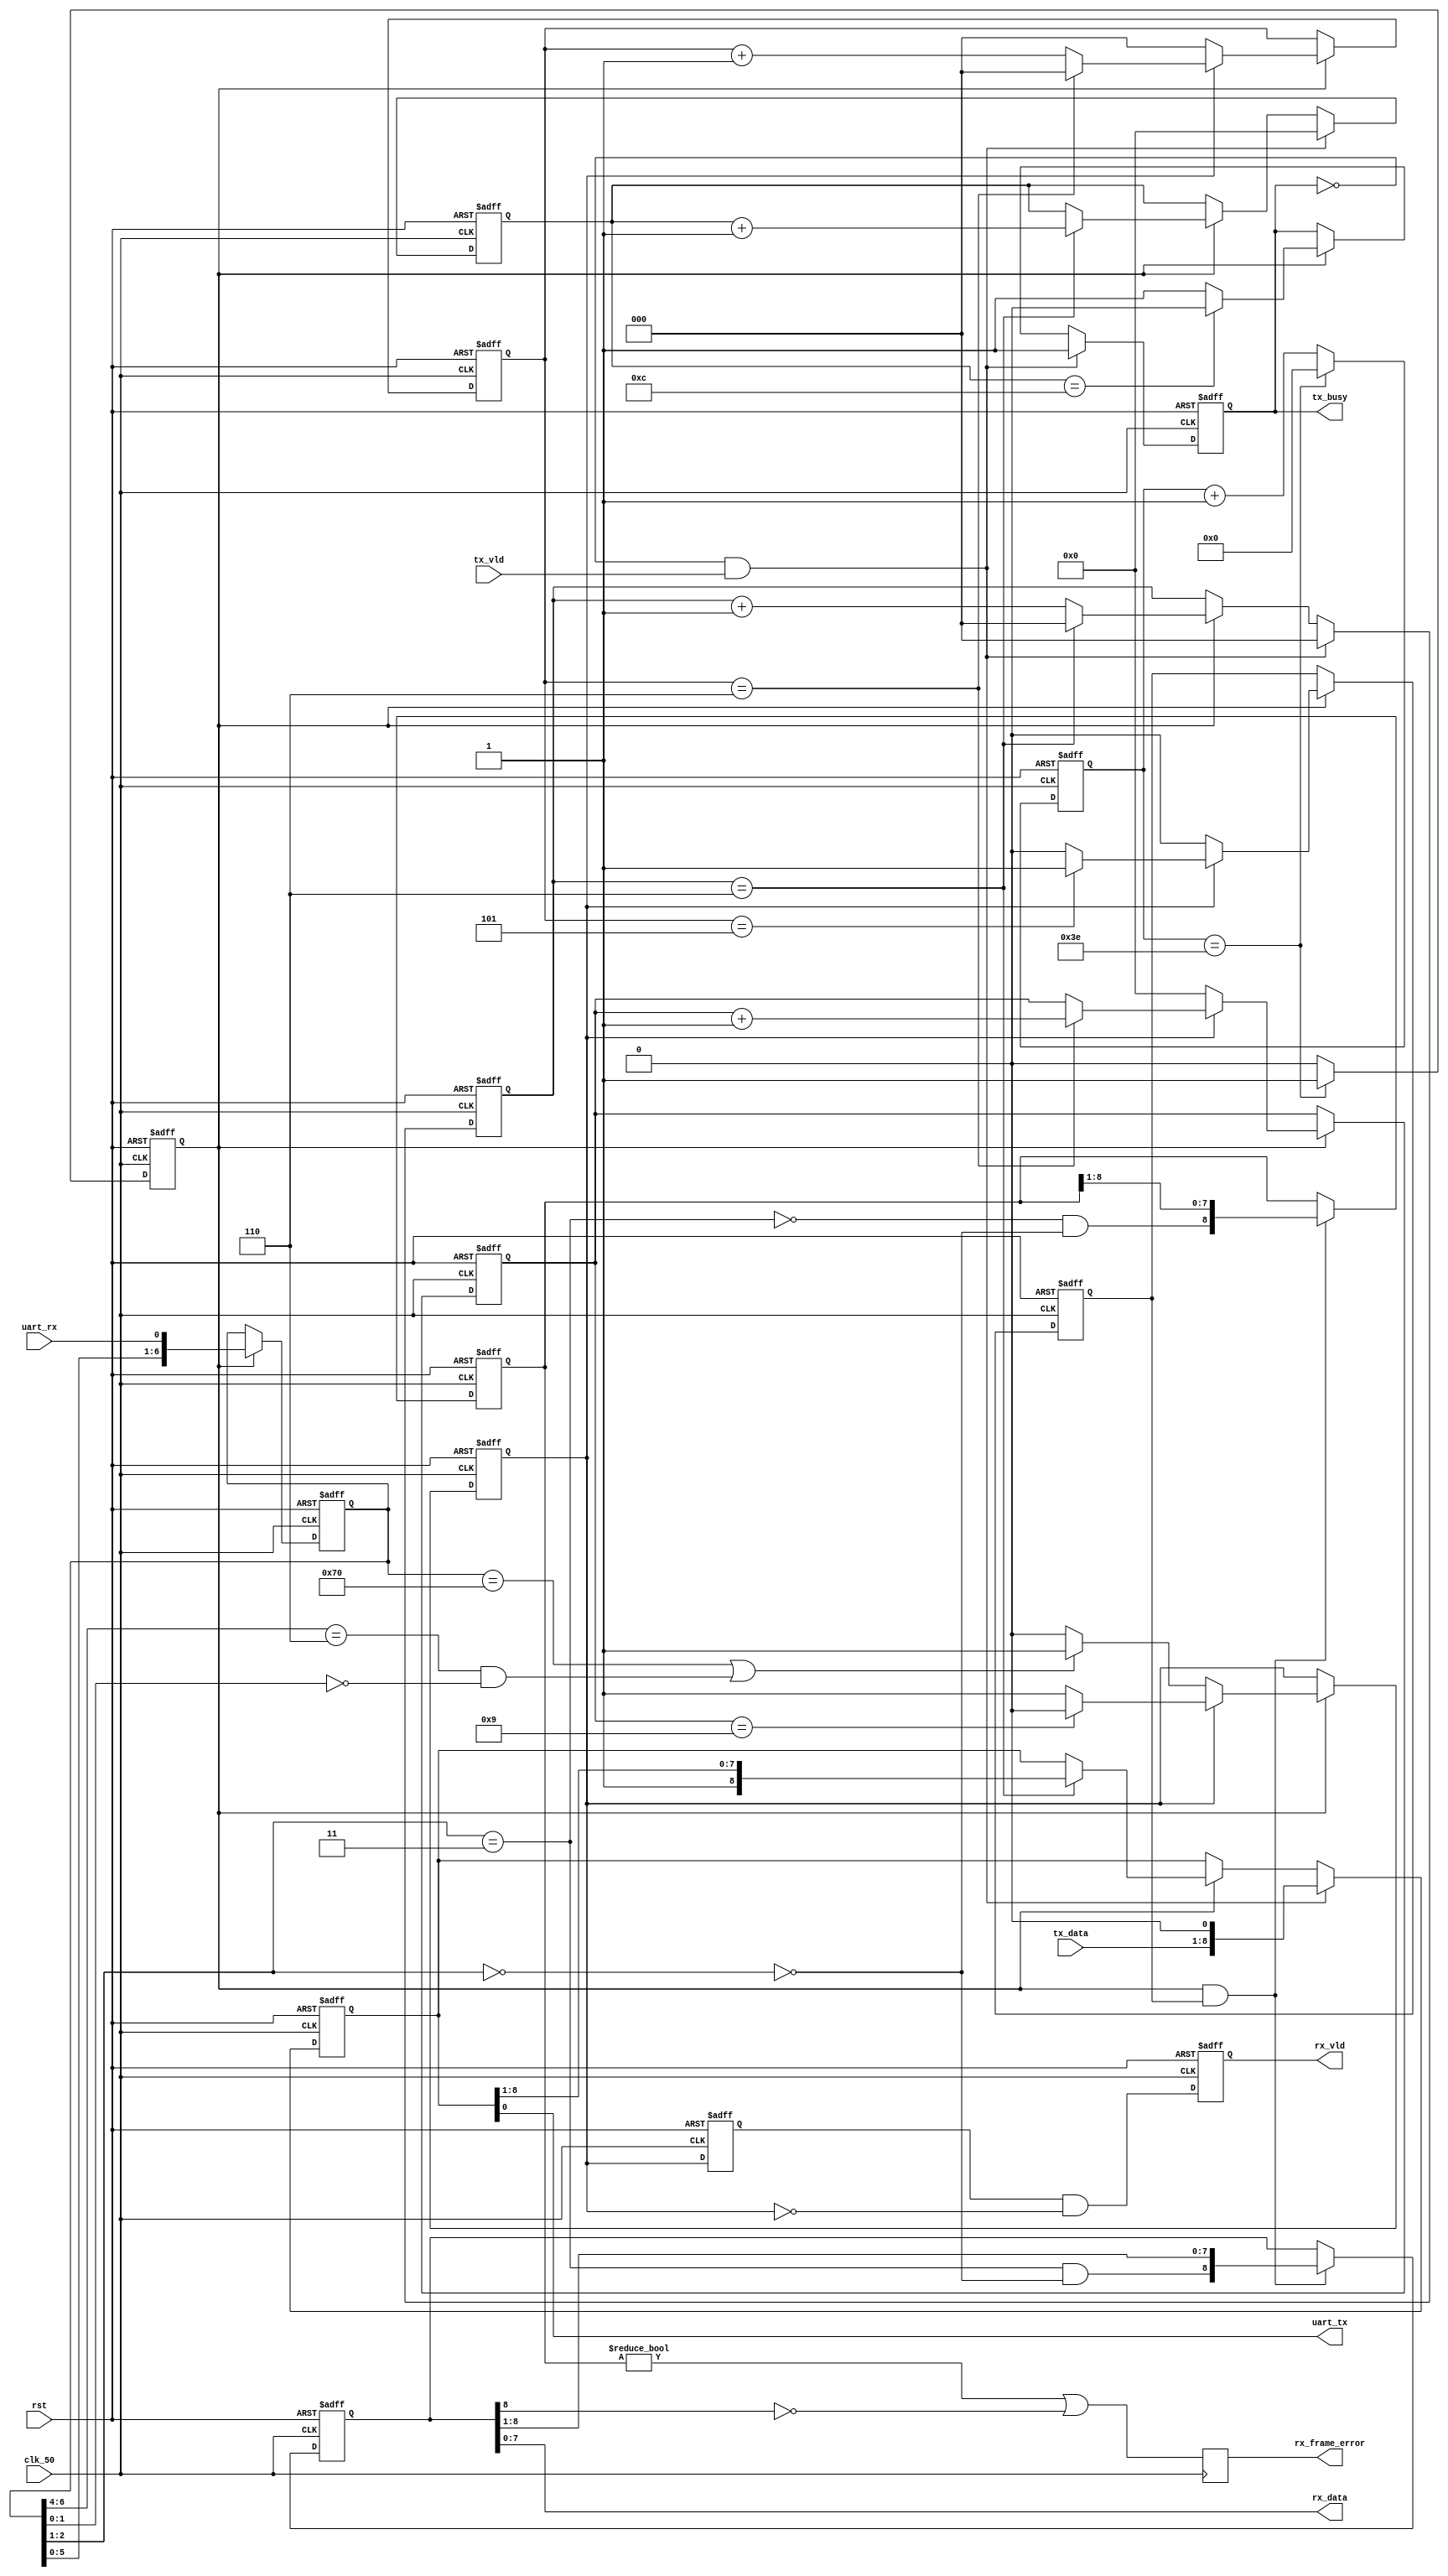
/* SPDX-License-Identifier: MIT */
/* (c) Copyright 2018 David M. Koltak, all rights reserved. */

//
// UART ser/des framer for use in RCN bus IP. Hard coded for 115200,1,1.
//

module rcn_uart_framer
(
    input clk_50,
    input rst,

    output reg tx_busy,
    input tx_vld,
    input [7:0] tx_data,

    output rx_vld,
    output [7:0] rx_data,
    output reg rx_frame_error,

    output uart_tx,
    input uart_rx
);
    parameter SAMPLE_CLK_DIV = 6'd62; // Value for 115200 @ 50 MHz in

    //
    // 50 MHz -> sample clock (7 * bit)
    //

    reg [5:0] sample_cnt;
    reg sample_en;

    always @ (posedge clk_50 or posedge rst)
        if (rst)
        begin
            sample_cnt <= 6'd0;
            sample_en <= 1'b0;
        end
        else if (sample_cnt == SAMPLE_CLK_DIV)
        begin
            sample_cnt <= 6'd0;
            sample_en <= 1'b1;
        end
        else
        begin
            sample_cnt <= sample_cnt + 6'd1;
            sample_en <= 1'b0;
        end

    //
    // Rx data sample state machine
    //

    reg [6:0] rx_sample;
    reg [2:0] rx_bitclk_cnt;
    reg rx_bitclk_en;
    reg [3:0] rx_bit_cnt;

    reg rx_busy;

    wire rx_falling_clean = (rx_sample[6:0] == 7'b1110000);
    wire rx_falling_dirty = (rx_sample[6:4] == 3'b110) && (rx_sample[1:0] == 2'b00);
    wire rx_falling = rx_falling_clean || rx_falling_dirty;

    wire rx_high = (rx_sample[2:1] == 2'b11);
    wire rx_low = (rx_sample[2:1] == 2'b00);

    always @ (posedge clk_50 or posedge rst)
        if (rst)
            rx_sample <= 7'd0;
        else if (sample_en)
            rx_sample <= {rx_sample[5:0], uart_rx};

    always @ (posedge clk_50 or posedge rst)
        if (rst)
        begin
            rx_bitclk_cnt <= 3'd0;
            rx_bitclk_en <= 1'b0;
            rx_bit_cnt <= 4'd0;
            rx_busy <= 1'b0;
        end
        else if (sample_en)
        begin
            if (!rx_busy)
            begin
                rx_bitclk_cnt <= 3'd0;
                rx_bitclk_en <= 1'b0;
                rx_bit_cnt <= 4'd0;
                rx_busy <= (rx_falling) ? 1'b1 : 1'b0;
            end
            else
            begin
                rx_busy <= (rx_bit_cnt == 4'd9) ? 1'b0 : 1'b1;

                rx_bitclk_en <= (rx_bitclk_cnt == 3'd5) ? 1'b1 : 1'b0;

                if (rx_bitclk_cnt == 3'd6)
                begin
                    rx_bitclk_cnt <= 3'd0;
                    rx_bit_cnt <= rx_bit_cnt + 4'd1;
                end
                else
                begin
                    rx_bitclk_cnt <= rx_bitclk_cnt + 3'd1;
                end
            end
        end

    //
    // Rx bit capture and signalling
    //

    reg [8:0] rx_capture;
    reg [8:0] rx_signal_errors;
    reg rx_data_done;
    reg rx_busy_d1;

    always @ (posedge clk_50 or posedge rst)
        if (rst)
        begin
            rx_capture <= 9'd0;
            rx_signal_errors <= 9'd0;
        end
        else if (sample_en && rx_bitclk_en)
        begin
            rx_capture <= {rx_high && !rx_low, rx_capture[8:1]};
            rx_signal_errors <= {!rx_high && !rx_low, rx_signal_errors[8:1]};
        end

    always @ (posedge clk_50 or posedge rst)
        if (rst)
        begin
            rx_data_done <= 1'b0;
            rx_busy_d1 <= 1'b0;
        end
        else
        begin
            rx_data_done <= rx_busy_d1 && !rx_busy;
            rx_busy_d1 <= rx_busy;
        end

    assign rx_vld = rx_data_done;
    assign rx_data = rx_capture[7:0];

    always @ (posedge clk_50)
        rx_frame_error <= (rx_signal_errors != 9'd0) || !rx_capture[8];

    //
    // Tx state machine
    //

    reg [8:0] tx_shift;
    reg [2:0] tx_bitclk_cnt;
    reg [3:0] tx_cnt;

    assign uart_tx = tx_shift[0];

    always @ (posedge clk_50 or posedge rst)
        if (rst)
        begin
            tx_shift <= {9{1'b1}};
            tx_bitclk_cnt <= 3'd0;
            tx_cnt <= 4'd0;
            tx_busy <= 1'b0;
        end
        else if (!tx_busy && tx_vld)
        begin
            tx_shift <= {tx_data, 1'b0};
            tx_bitclk_cnt <= 3'd0;
            tx_cnt <= 4'd0;
            tx_busy <= 1'b1;
        end
        else if (sample_en)
        begin
            tx_busy <= (tx_cnt == 4'd12) ? 1'b0 : 1'b1;

            if (tx_bitclk_cnt == 3'd6)
            begin
                tx_bitclk_cnt <= 3'd0;
                tx_shift <= {1'b1, tx_shift[8:1]};
                tx_cnt <= tx_cnt + 4'd1;
            end
            else
            begin
                tx_bitclk_cnt <= tx_bitclk_cnt + 3'd1;
            end
        end

endmodule